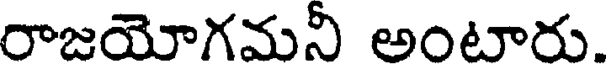
రాజయోగమనీ అంటారు.